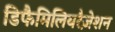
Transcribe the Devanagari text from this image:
डिफैमिलियरैज़ेशन